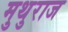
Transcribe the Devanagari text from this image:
मुथुराज